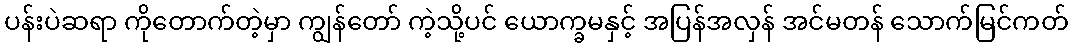
ပန်းပဲဆရာ ကိုတောက်တဲ့မှာ ကျွန်တော် ကဲ့သို့ပင် ယောက္ခမနှင့် အပြန်အလှန် အင်မတန် သောက်မြင်ကတ်